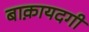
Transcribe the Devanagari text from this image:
बाक़ायदगी